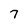
Character: 7